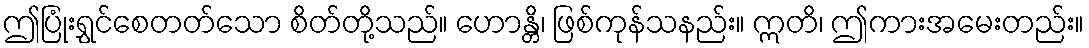
ဤပြုံးရွှင်စေတတ်သော စိတ်တို့သည်။ ဟောန္တိ၊ ဖြစ်ကုန်သနည်း။ ဣတိ၊ ဤကားအမေးတည်း။